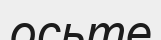
осьте